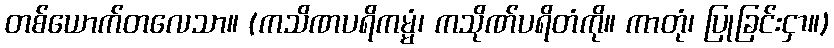
တစ်ယောက်တလေသာ။ (ကသိဏပရိကမ္မံ၊ ကသိုဏ်ပရိတံကို။ ကာတုံ၊ ပြုခြင်းငှာ။)